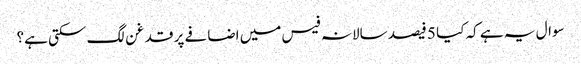
سوال یہ ہے کہ کیا 5 فیصد سالانہ فیس میں اضافے پر قدغن لگ سکتی ہے؟